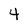
Character: 4